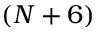
( N + 6 )